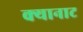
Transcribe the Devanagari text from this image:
क्यानाट